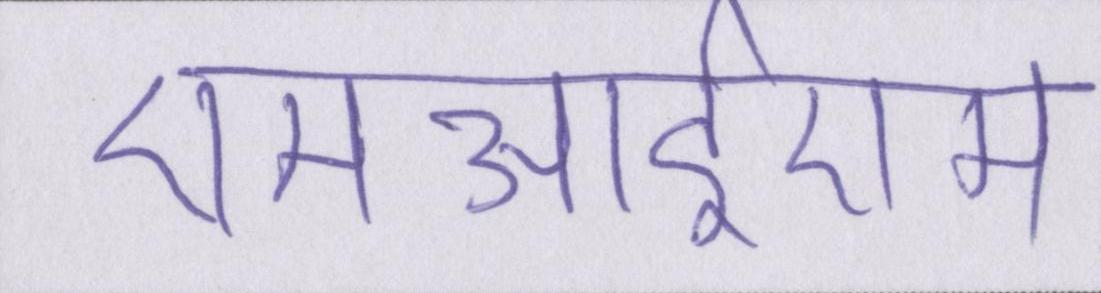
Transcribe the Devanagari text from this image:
एमआईएम